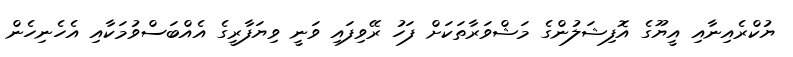
ޔުކްރެއިނާއި އީޔޫގެ އޮފިޝަލުންގެ މަޝްވަރާތަކަށް ފަހު ރޭވިފައި ވަނީ ވިޔަފާރީގެ އެއްބަސްވުމަކާއި އެހެނިހެން